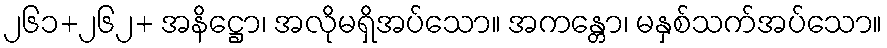
၂၆၁+၂၆၂+ အနိဋ္ဌော၊ အလိုမရှိအပ်သော။ အကန္တော၊ မနှစ်သက်အပ်သော။